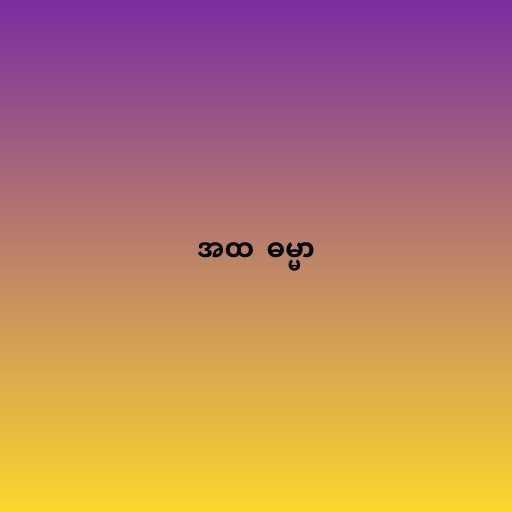
အထ  ဓမ္မာ